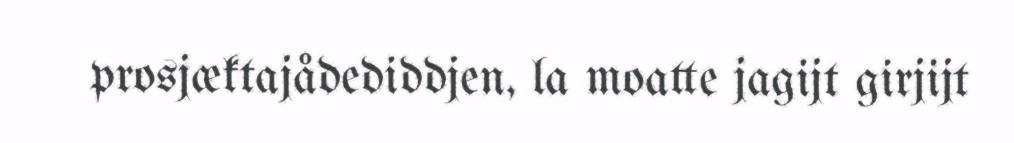
prosjæktajådediddjen, la moatte jagijt girjijt